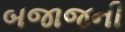
બજાજની